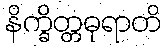
နိက္ခိတ္တဓုရာတိ